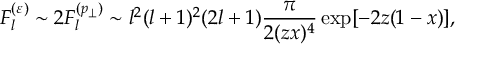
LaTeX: F _ { l } ^ { ( \varepsilon ) } \sim 2 F _ { l } ^ { ( p _ { \perp } ) } \sim l ^ { 2 } ( l + 1 ) ^ { 2 } ( 2 l + 1 ) \frac { \pi } { 2 ( z x ) ^ { 4 } } \exp [ - 2 z ( 1 - x ) ] ,